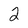
Character: 2